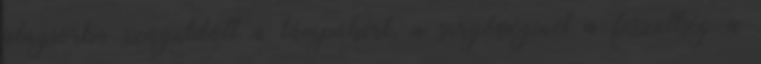
alagsorba száguldott a lámpákért, a sürgősséginél a feszültség a